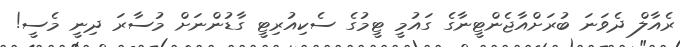
ރެއާލް ދެވަނަ ބުރަށްއާޖެންޓީނާގެ ގައުމީ ޓީމުގެ ސެކިއުރިޓީ ގާޑުންނަށް މުސާރަ ދިނީ މެސީ!